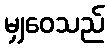
မျှဝေသည်